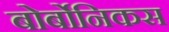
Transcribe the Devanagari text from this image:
बोर्बोनिकस